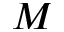
M